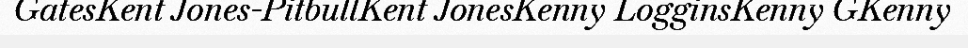
GatesKent Jones-PitbullKent JonesKenny LogginsKenny GKenny